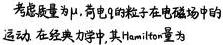
考虑质量为$\mu$, 荷电$q$的粒子在电磁场中的运动. 在经典力学中, 其Hamilton量为